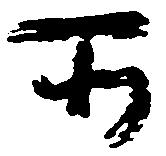
所